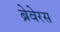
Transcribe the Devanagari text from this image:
ब्रेवेरस